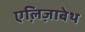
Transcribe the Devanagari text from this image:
एलि़ज़ाबेथ